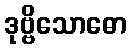
ဒုဗ္ဗိသောဓော